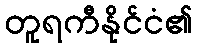
တူရကီနိုင်ငံ၏